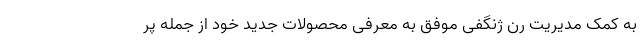
به کمک مدیریت رن ژنگفی موفق به معرفی محصولات جدید خود از جمله پر‌